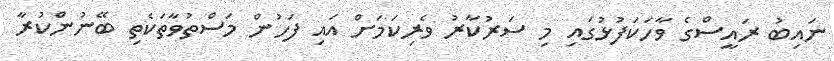
ނައިބު ރައީސްގެ ވާހަކަފުޅުގައި މި ސަރުކާރު ވެރިކަމަށް އައި ފަހުން މަސްތުވާތަކެތި ބޭނުންކުރާ